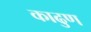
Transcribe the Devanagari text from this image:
काढुण